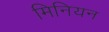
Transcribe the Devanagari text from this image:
मिनियन